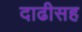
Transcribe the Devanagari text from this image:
दाढीसह